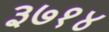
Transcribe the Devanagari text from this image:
३७१४